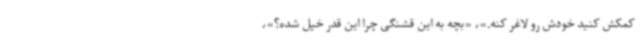
کمکش کنید خودش رو لاغر کنه.»، «بچه به این قشنگی چرا این قدر خپل شده؟»،